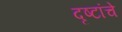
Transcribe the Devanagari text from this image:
दृष्टांचे